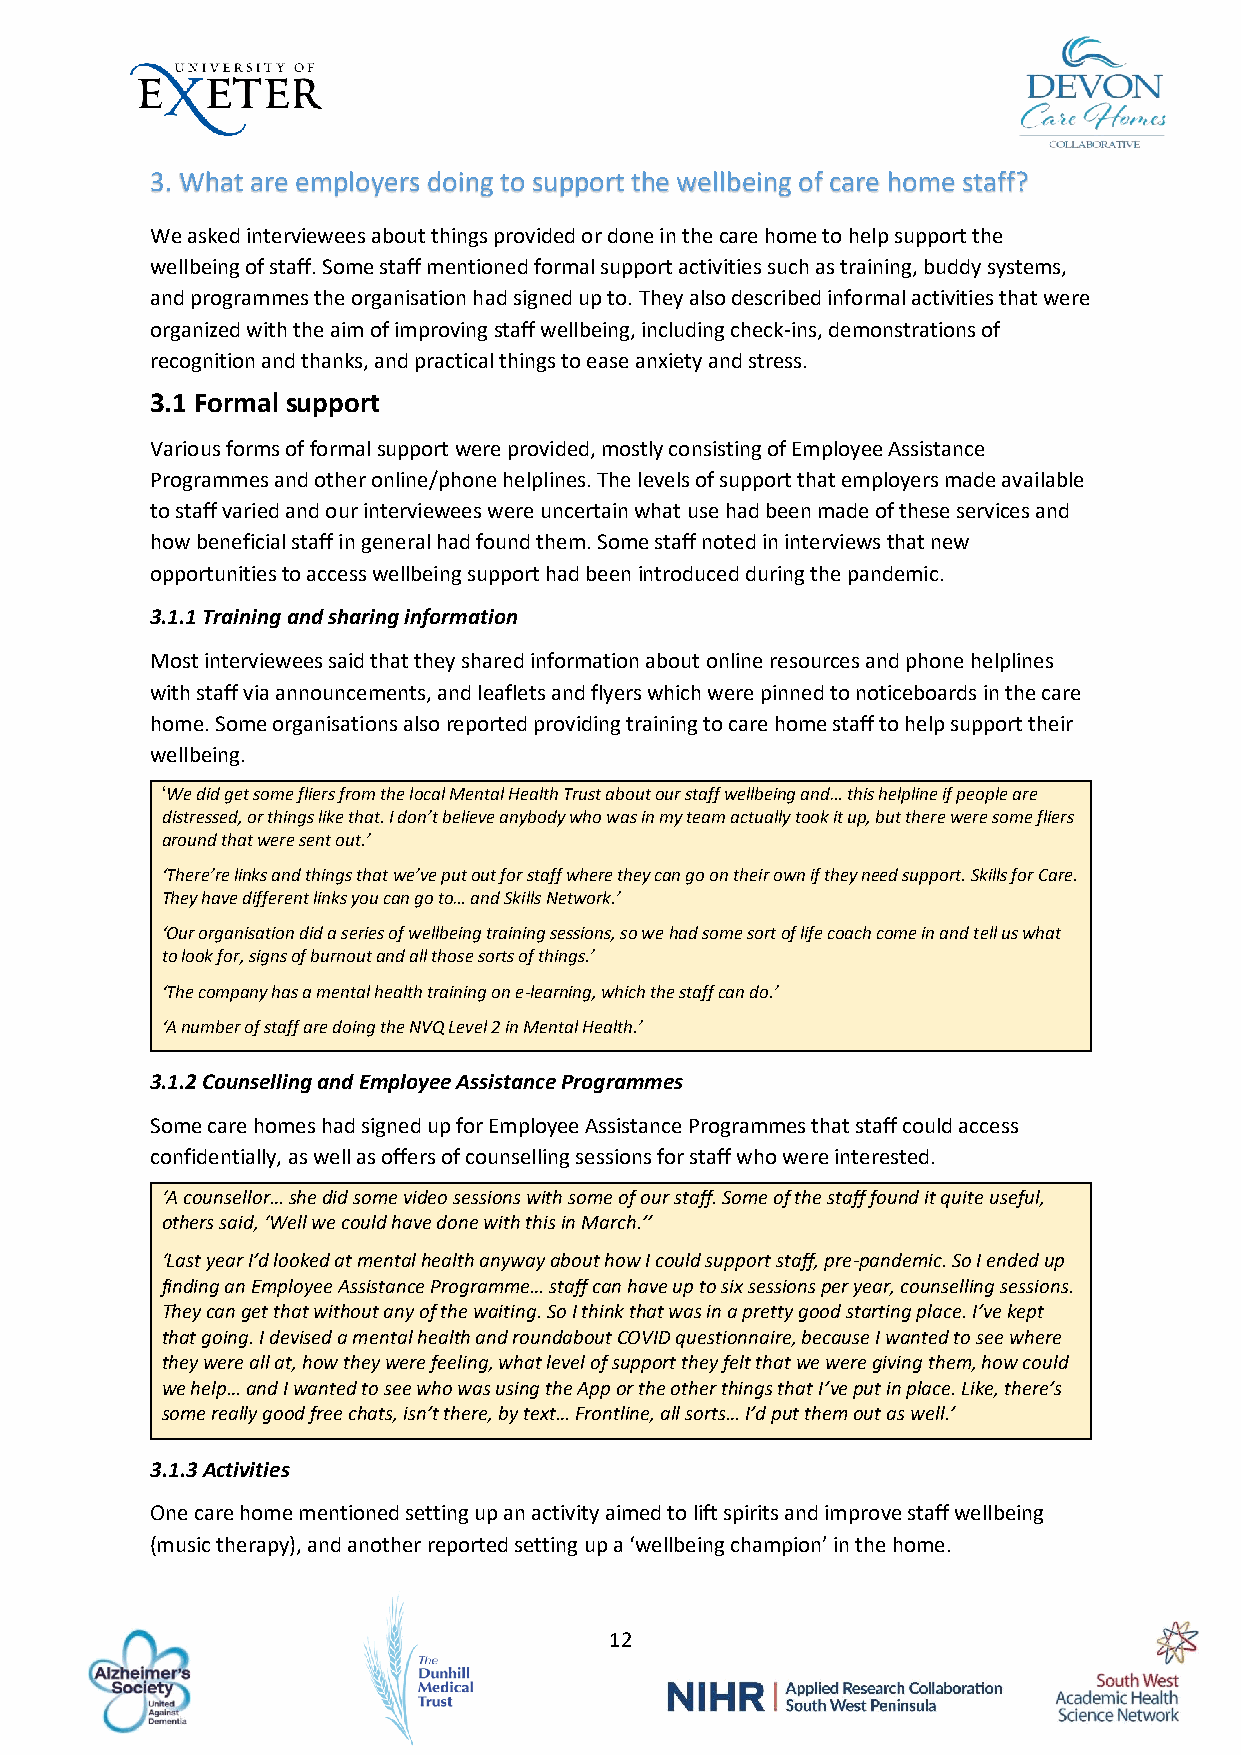
3. What are employers doing to support the wellbeing of care home staff?
 We asked interviewees about things provided or done in the care home to help support the
 wellbeing of staff. Some staff mentioned formal support activities such as training, buddy systems,
 and programmes the organisation had signed up to. They also described informal activities that were
 organized with the aim of improving staff wellbeing, including check-ins, demonstrations of
 recognition and thanks, and practical things to ease anxiety and stress.
 3.1 Formal support
 Various forms of formal support were provided, mostly consisting of Employee Assistance
 Programmes and other online/phone helplines. The levels of support that employers made available
 to staff varied and our interviewees were uncertain what use had been made of these services and
 how beneficial staff in general had found them. Some staff noted in interviews that new
 opportunities to access wellbeing support had been introduced during the pandemic.
 3.1.1 Training and sharing information
 Most interviewees said that they shared information about online resources and phone helplines
 with staff via announcements, and leaflets and flyers which were pinned to noticeboards in the care
 home. Some organisations also reported providing training to care home staff to help support their
 wellbeing.
 ‘We did get some fliers from the local Mental Health Trust about our staff wellbeing and… this helpline if people are
 distressed, or things like that. I don’t believe anybody who was in my team actually took it up, but there were some fliers
 around that were sent out.’
 ‘There’re links and things that we’ve put out for staff where they can go on their own if they need support. Skills for Care.
 They have different links you can go to… and Skills Network.’
 ‘Our organisation did a series of wellbeing training sessions, so we had some sort of life coach come in and tell us what
 to look for, signs of burnout and all those sorts of things.’
 ‘The company has a mental health training on e-learning, which the staff can do.’
 ‘A number of staff are doing the NVQ Level 2 in Mental Health.’
 3.1.2 Counselling and Employee Assistance Programmes
 Some care homes had signed up for Employee Assistance Programmes that staff could access
 confidentially, as well as offers of counselling sessions for staff who were interested.
 ‘A counsellor… she did some video sessions with some of our staff. Some of the staff found it quite useful,
 others said, ‘Well we could have done with this in March.’’
 ‘Last year I’d looked at mental health anyway about how I could support staff, pre-pandemic. So I ended up
 finding an Employee Assistance Programme… staff can have up to six sessions per year, counselling sessions.
 They can get that without any of the waiting. So I think that was in a pretty good starting place. I’ve kept
 that going. I devised a mental health and roundabout COVID questionnaire, because I wanted to see where
 they were all at, how they were feeling, what level of support they felt that we were giving them, how could
 we help… and I wanted to see who was using the App or the other things that I’ve put in place. Like, there’s
 some really good free chats, isn’t there, by text… Frontline, all sorts… I’d put them out as well.’
 3.1.3 Activities
 One care home mentioned setting up an activity aimed to lift spirits and improve staff wellbeing
 (music therapy), and another reported setting up a ‘wellbeing champion’ in the home.
 12